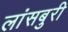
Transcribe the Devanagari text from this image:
लांसबुरी